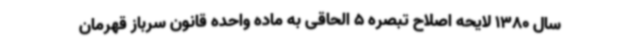
سال 1380 لایحه اصلاح تبصره 5 الحاقی به ماده واحده قانون سرباز قهرمان